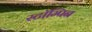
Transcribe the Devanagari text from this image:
स्टॉम्पिन